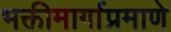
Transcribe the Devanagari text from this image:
भक्तीमार्गाप्रमाणे